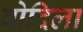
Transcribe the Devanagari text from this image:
बोदिला